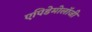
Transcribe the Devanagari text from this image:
एपिडेमोलॉजी